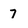
Character: 7